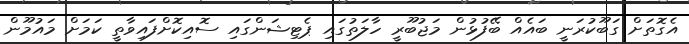
އެގޮތަށް ގަބޫކުރަނީ ބައެއް ބޭފުޅުން މަޖުބޫރީ ހާލަތުގައި ޕެޓިޝަންގައި ސޮއިކޮށްފައިވާތީ ކަމަށް މައުމޫން